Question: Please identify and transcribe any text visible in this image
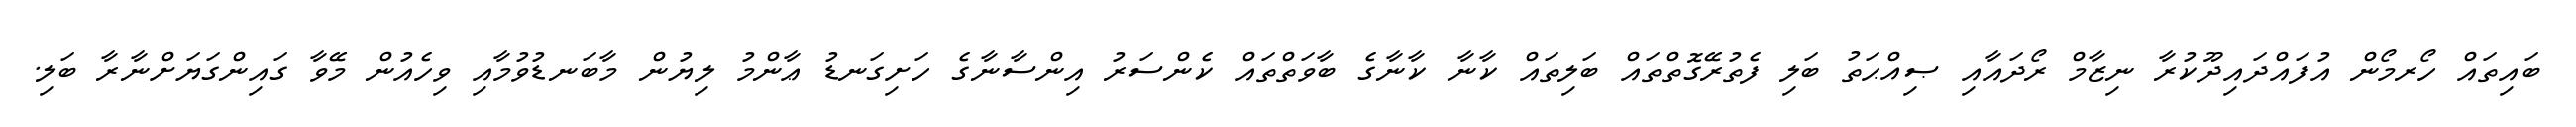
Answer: ބައިތައް ހޯރމޯން އުފައްދައިދޫކުރާ ނިޒާމް ރޯދައާއި ޞިއްޙަތު ބަލި ފެތުރޭގޮތްތައް ބަލިތައް ކާނާ ކާނާގެ ބާވަތްތައް ކެންސަރު އިންސާނާގެ ހަށިގަނޑު ޢާންމު ލިޔުން މާބަނޑުވުމާއި ވިހެއުން މޭވާ ގައިންގަޔަށްނާރާ ބަލި.